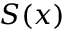
S ( x )